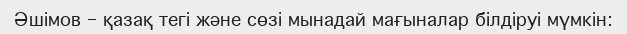
Әшімов – қазақ тегі және сөзі мынадай мағыналар білдіруі мүмкін: